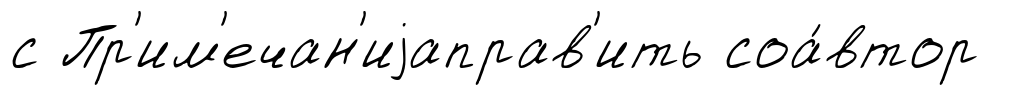
с Пр'им'ечан'иjаправ'ить соа́втор